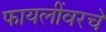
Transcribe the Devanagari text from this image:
फायलींवरचे